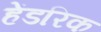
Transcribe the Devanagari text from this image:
हेंडरिक